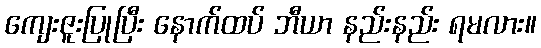
ကျေးဇူးပြုပြီး နောက်ထပ် ဘီယာ နည်းနည်း ရမလား။